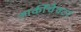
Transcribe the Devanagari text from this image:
आर्कीचेक्टर